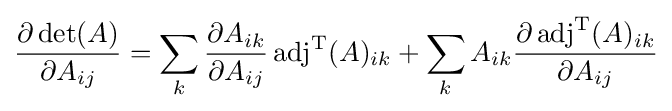
{\partial \det(A) \over \partial A_{ij}}=\sum _{k}{\partial A_{ik} \over \partial A_{ij}}\operatorname {adj} ^{\rm {T}}(A)_{ik}+\sum _{k}A_{ik}{\partial \operatorname {adj} ^{\rm {T}}(A)_{ik} \over \partial A_{ij}}